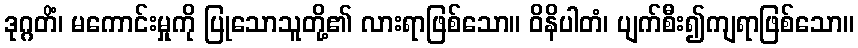
ဒုဂ္ဂတိံ၊ မကောင်းမှုကို ပြုသောသူတို့၏ လားရာဖြစ်သော။ ဝိနိပါတံ၊ ပျက်စီး၍ကျရာဖြစ်သော။